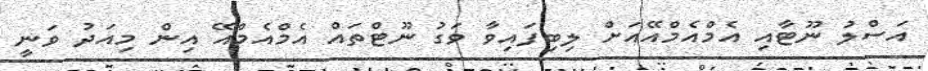
އަސްލު ނޫޓާއި އެމްއެމްއޭއަށް ލިބިފައިވާ ވަގު ނޫޓްތައް އެމްއެމްއޭ އިން މިއަދު ވަނީ